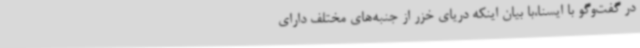
در گفت‌وگو با ایسنا،با بیان اینکه دریای خزر از جنبه‌های مختلف دارای